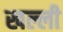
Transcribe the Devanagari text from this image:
खल्ली